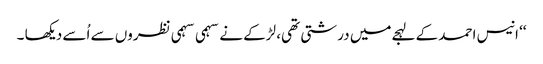
‘‘ انیس احمد کے لہجےمیں درشتی تھی، لڑکے نے سہمی سہمی نظروں سے اُسے دیکھا ۔